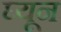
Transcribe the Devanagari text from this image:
घ्यून